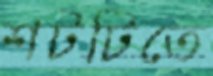
শটটিতে